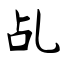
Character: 乩